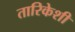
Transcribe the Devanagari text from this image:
तारिकेशी